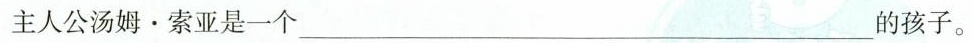
主人公汤姆。索亚是一个___的孩子。